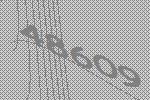
48609